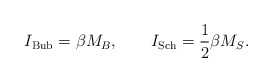
\begin{align*}I_{\rm Bub}= \beta M_B,\qquad I_{\rm Sch}={1\over 2}\beta M_S.\end{align*}